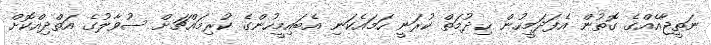
ނަތީޖާއެއްގެ ގޮތުން އެފަދަމީހުން ޚިދުމަތް ކުރަނީ ހަމައެކަނި އެބައިމީހުންގެ ކުރިމައްޗަށް ސުވާލުގެ އަތްދިއްކޮށް